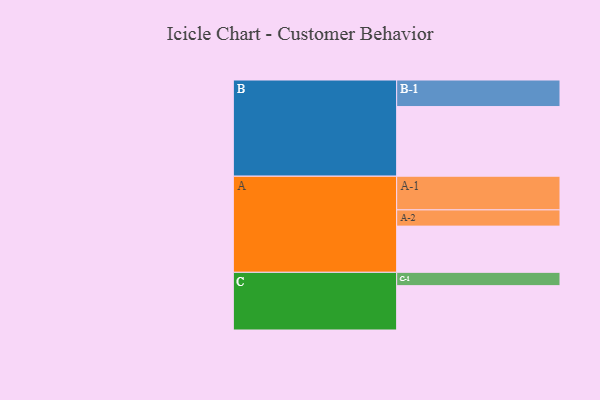
{"axis": {"x": "Segment", "y": "Value"}, "legend": ["", "A", "B", "C"], "data": [{"x": "A", "y": 398, "type": ""}, {"x": "B", "y": 600, "type": ""}, {"x": "C", "y": 382, "type": ""}, {"x": "A-1", "y": 290, "type": "A"}, {"x": "A-2", "y": 140, "type": "A"}, {"x": "B-1", "y": 229, "type": "B"}, {"x": "C-1", "y": 115, "type": "C"}]}